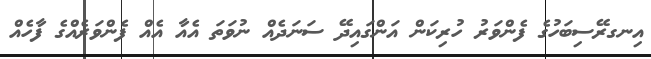
އިނގރޭސިބަހުގެ ފެންވަރު ހުރިކަން އަންގައިދޭ ސަނަދެއް ނުވަތަ އެއާ އެއް ފެންވަރެއްގެ ފާހެއް